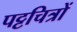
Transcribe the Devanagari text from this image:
पट्टचित्रों